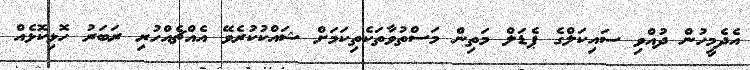
އެދެމީހުން ދުއްވި ސައިކަލްގެ ޕެޑަލް މަތިން މަސްތުވާތަކެތިކަމަށް ޝައްކުކުރެވޭ އެއްޗެއްހުރި ރަބަރު ހޮޅިކޮޅެއް